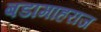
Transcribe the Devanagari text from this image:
बडामाहराज